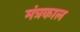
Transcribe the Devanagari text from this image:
मंत्रकाल